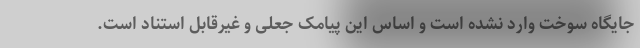
جایگاه سوخت وارد نشده است و اساس این پیامک جعلی و غیرقابل استناد است.